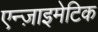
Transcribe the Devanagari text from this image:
एन्ज़ाइमेटिक